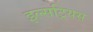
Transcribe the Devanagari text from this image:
इल्सट्रियस